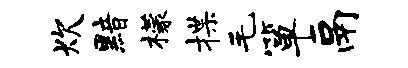
炊黯檬揲毛箪鬲